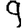
Digit: 9